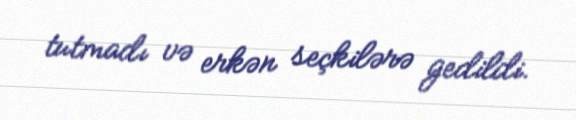
tutmadı və erkən seçkilərə gedildi.